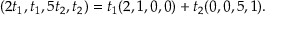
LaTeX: ( 2 t _ { 1 } , t _ { 1 } , 5 t _ { 2 } , t _ { 2 } ) = t _ { 1 } ( 2 , 1 , 0 , 0 ) + t _ { 2 } ( 0 , 0 , 5 , 1 ) .